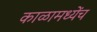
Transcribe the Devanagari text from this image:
काळामध्येंच